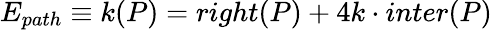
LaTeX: E_{path}\equiv k(P)=right(P)+4k\cdot inter(P)